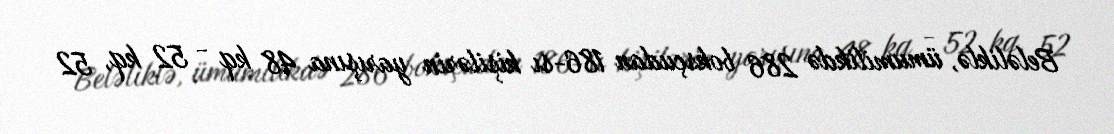
Beləliklə, ümumilikdə 286 boksçudan 186-sı kişilərin yarışına 48 kq - 52 kq, 52